Source: Computer-generated
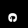
Digit: ၈ (8)